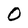
Character: 0